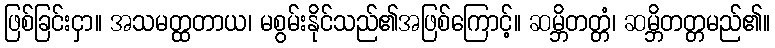
ဖြစ်ခြင်းငှာ။ အသမတ္ထတာယ၊ မစွမ်းနိုင်သည်၏အဖြစ်ကြောင့်။ ဆမ္ဘိတတ္တံ၊ ဆမ္ဘိတတ္တမည်၏။